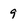
Character: 9